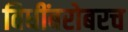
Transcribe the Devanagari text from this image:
विधींबरोबरच